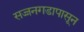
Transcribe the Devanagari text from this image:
सज्जनगडापासून